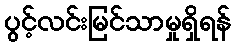
ပွင့်လင်းမြင်သာမှုရှိရန်